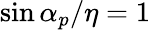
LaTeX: \sin\alpha_{p}/\eta=1